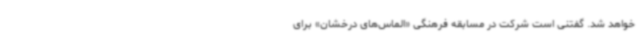
خواهد شد. گفتنی است شرکت در مسابقه فرهنگی «الماس‌های درخشان» برای